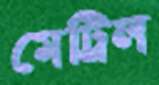
মেট্রিল